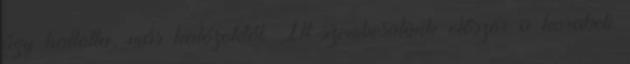
úgy hallotta, más kalózoktól. Itt szembesülünk először a korabeli